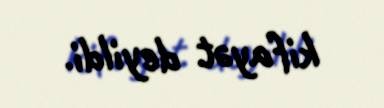
kifayət deyildi.